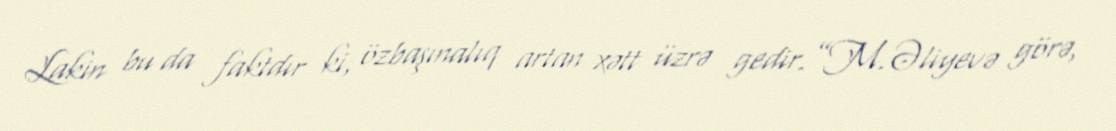
Lakin bu da faktdır ki, özbaşınalıq artan xətt üzrə gedir.”M.Əliyevə görə,